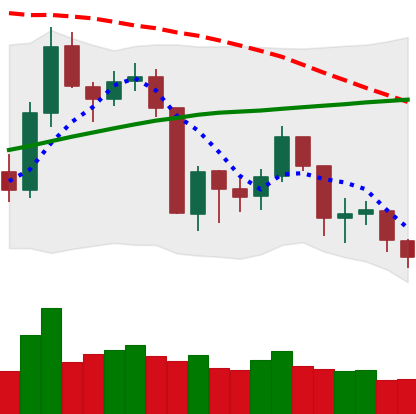
Ticker: BNB-USD
Chart end date: 2019-08-25
Forward return: -14.974%
Label: down_7plus